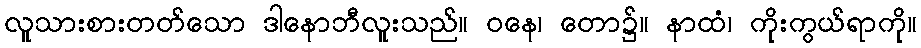
လူသားစားတတ်သော ဒါနောဘီလူးသည်။ ဝနေ၊ တော၌။ နာထံ၊ ကိုးကွယ်ရာကို။